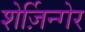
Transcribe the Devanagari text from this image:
शेर्ज़िन्गेर